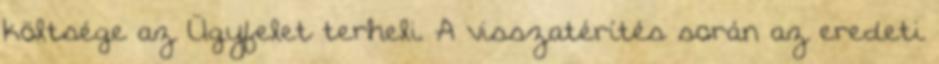
költsége az Ügyfelet terheli. A visszatérítés során az eredeti